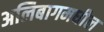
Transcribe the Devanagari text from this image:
अलिबागमधील